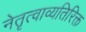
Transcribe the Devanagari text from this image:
नेतृत्वाव्यतिरिक्त